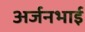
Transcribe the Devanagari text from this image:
अर्जनभाई